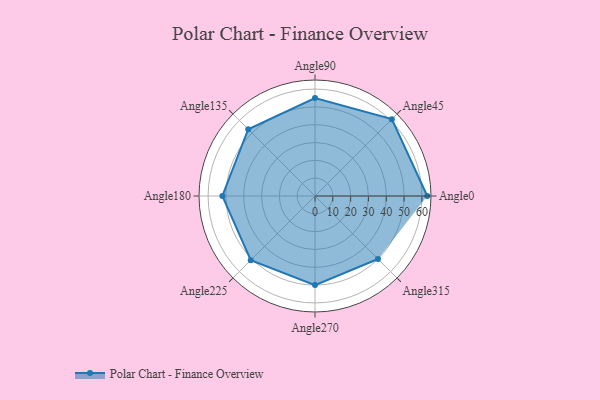
{"axis": {"x": "Angle", "y": "Radius"}, "legend": [""], "data": [{"x": "Angle0", "y": 63.0, "type": ""}, {"x": "Angle45", "y": 61.0, "type": ""}, {"x": "Angle90", "y": 55.0, "type": ""}, {"x": "Angle135", "y": 53.0, "type": ""}, {"x": "Angle180", "y": 52.0, "type": ""}, {"x": "Angle225", "y": 51.0, "type": ""}, {"x": "Angle270", "y": 50, "type": ""}, {"x": "Angle315", "y": 50, "type": ""}]}